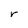
Character: r